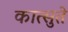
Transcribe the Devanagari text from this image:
कात्सुते